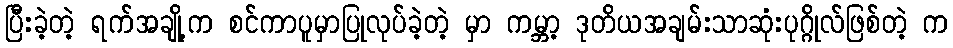
ပြီးခဲ့တဲ့ ရက်အချို့က စင်ကာပူမှာြပုလုပ်ခဲ့တဲ့ မှာ ကမ္ဘာ့ ဒုတိယအချမ်းသာဆုံးပုဂ္ဂိုလ်ဖြစ်တဲ့ က